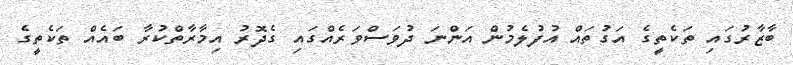
ބާޒާރުގައި ތަކެތީގެ އަގުތައް އުފުލެމުން އަންނަ ދުވަސްވަރެއްގައި ގެދޮރު އިމާރާތްކުރާ ބައެއް ތަކެތީގެ